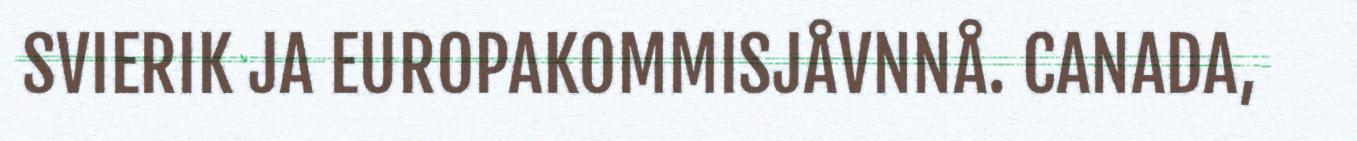
SVIERIK JA EUROPAKOMMISJÅVNNÅ. CANADA,